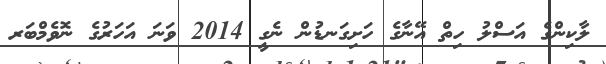
ލާކިންގެ އަސްލު ހިތް އޭނާގެ ހަށިގަނޑުން ނެގީ 2014 ވަނަ އަހަރުގެ ނޮވެމްބަރ